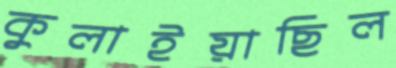
কুলাইয়াছিল